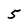
Character: 5